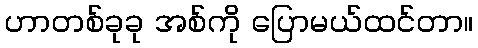
ဟာတစ်ခုခု အစ်ကို ပြောမယ်ထင်တာ။